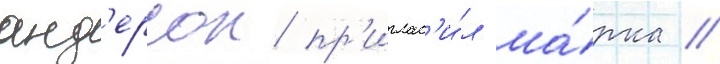
анд'ерсон пр'иглас'и́л ма́рка //